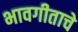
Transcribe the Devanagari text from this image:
भावगीताचे